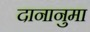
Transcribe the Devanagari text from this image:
दानानुमा